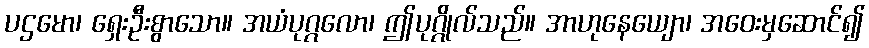
ပဌမော၊ ရှေးဦးစွာသော။ အယံပုဂ္ဂလော၊ ဤပုဂ္ဂိုလ်သည်။ အာဟုနေယျော၊ အဝေးမှဆောင်၍